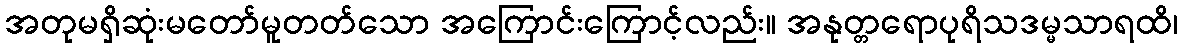
အတုမရှိဆုံးမတော်မူတတ်သော အကြောင်းကြောင့်လည်း။ အနုတ္တရောပုရိသဒမ္မသာရထိ၊